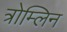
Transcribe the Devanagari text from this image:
त्रोम्लिन